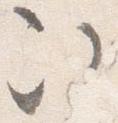
次